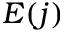
E ( j )